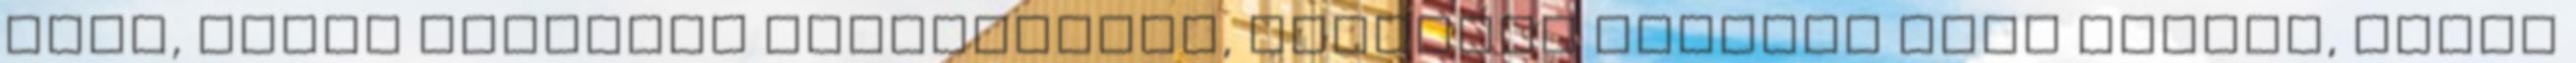
vele, egyik kezemmel támaszkodva, másikkal csípőre tett kézzel, várom